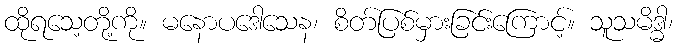
ထိုရသေ့တို့ကို။ မနောပဒေါသေန၊ စိတ်ပြစ်မှားခြင်းကြောင့်။ သူသမိဒ္ဓါ၊